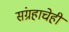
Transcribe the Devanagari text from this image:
संग्रहाचेही